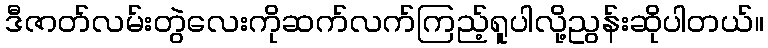
ဒီဇာတ်လမ်းတွဲလေးကိုဆက်လက်ကြည့်ရူပါလို့ညွန်းဆိုပါတယ်။